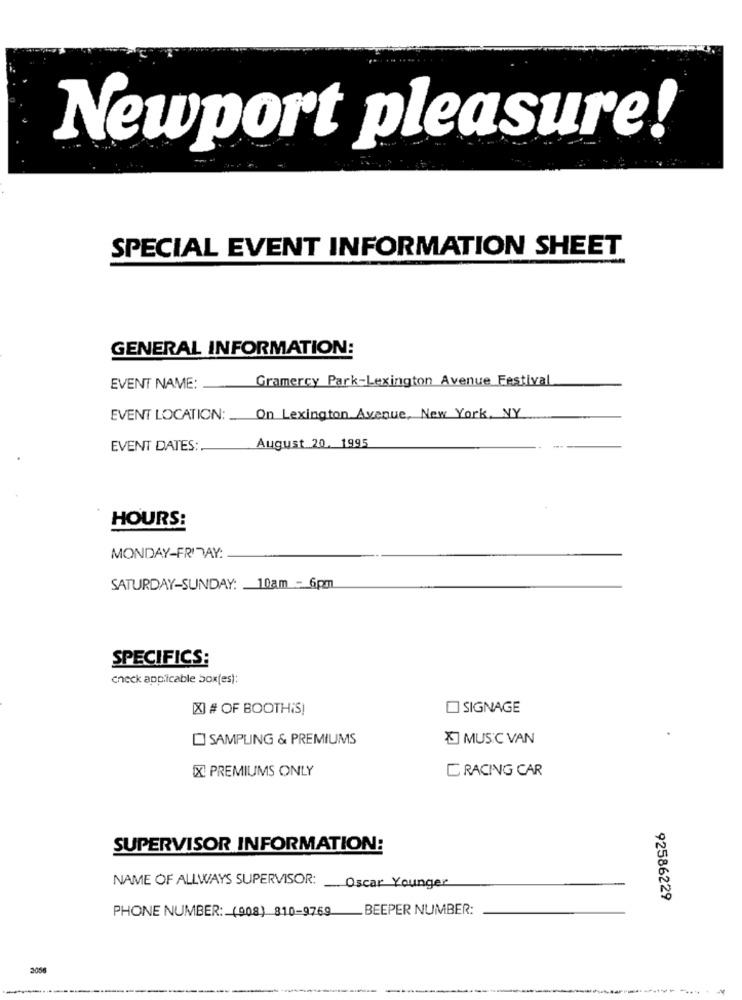
Newport pleasure!
SPECIAL EVENT INFORMATION SHEET
GENERAL INFORMATION:
Gramercy Park-Lexington Avenue Festival
EVENT NAME:
EVENT LOCATION:
On Lexington Avenue, New York, NY
EVENT DATES:
August 20, 1995
HOURS:
MONDAY-FRIDAY:
SATURDAY-SUNDAY: 10am - 6pm
SPECIFICS:
check applicable box(es):
[X] # OF BOOTHIS!
SIGNAGE
SAMPLING & PREMIUMS
] MUSIC VAN
IX PREMIUMS ONLY
C RACING CAR
SUPERVISOR INFORMATION:
NAME OF ALLWAYS SUPERVISOR: Oscar Younger
92586229
PHONE NUMBER: (908) 810-9769
BEEPER NUMBER:
2056
----------